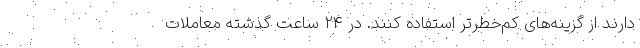
دارند از گزینه‌های کم‌خطرتر استفاده کنند. در ۲۴ ساعت گذشته معاملات